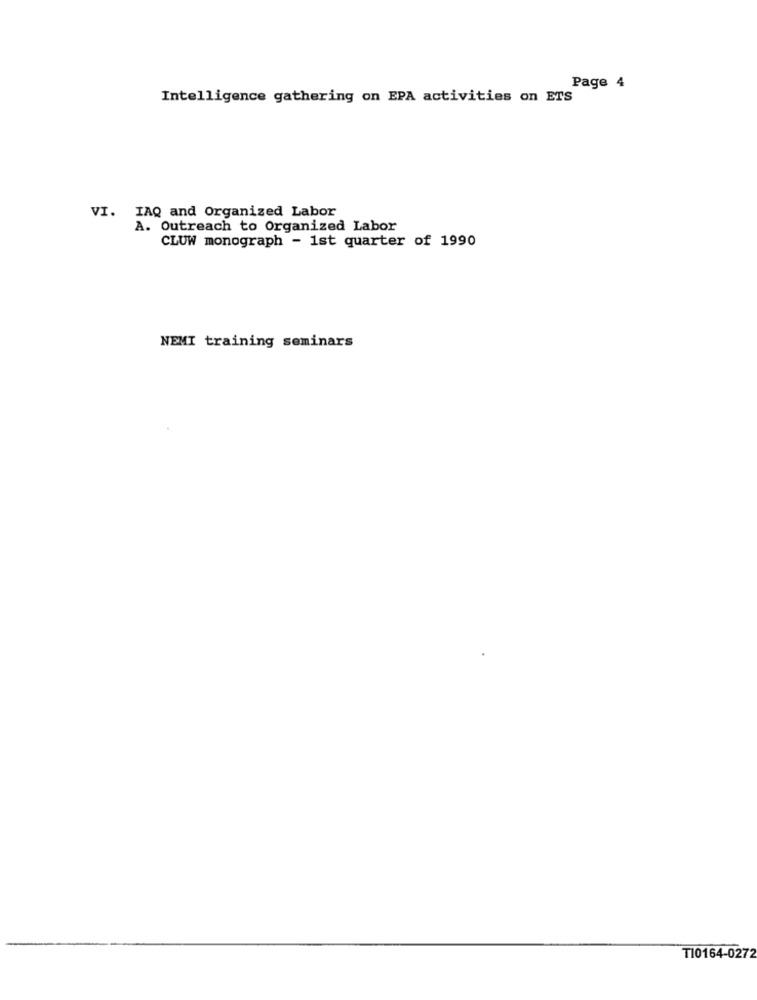
Page 4
Intelligence gathering on EPA activities on ETS
VI. IAQ and Organized Labor
A. Outreach to Organized Labor
CLUW monograph - 1st quarter of 1990
NEMI training seminars
T10164-0272